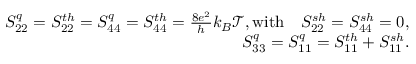
\begin{array} { r } { S _ { 2 2 } ^ { q } = { S _ { 2 2 } ^ { t h } } = S _ { 4 4 } ^ { q } = { S _ { 4 4 } ^ { t h } } = \frac { 8 e ^ { 2 } } { h } k _ { B } \mathcal { T } , \mathrm { w i t h } \quad S _ { 2 2 } ^ { s h } = S _ { 4 4 } ^ { s h } = 0 , } \\ { S _ { 3 3 } ^ { q } = S _ { 1 1 } ^ { q } = S _ { 1 1 } ^ { t h } + { S _ { 1 1 } ^ { s h } } . } \end{array}